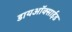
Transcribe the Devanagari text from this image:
डायअाॅक्साईड